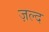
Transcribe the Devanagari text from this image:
ज़ल्द